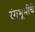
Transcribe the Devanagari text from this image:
रंगभूमींचे